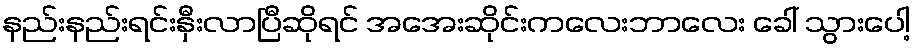
နည်းနည်းရင်းနှီးလာပြီဆိုရင် အအေးဆိုင်းကလေးဘာလေး ခေါ် သွားပေါ့